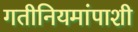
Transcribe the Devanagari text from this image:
गतीनियमांपाशी